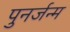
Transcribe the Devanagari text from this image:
पुनर्जन्‍म